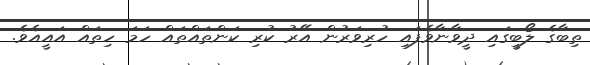
ތިބާގެ ލޯބީގައި ދީވާނާވެފައި ހުރިވަރުން އޭރު ކުރި ކަންތައްތައް ހަމަ ހިތައް އައީއެވެ.